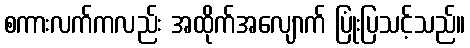
စကားလက်ကလည်း အထိုက်အလျောက် ပြုံးပြသင့်သည်။